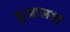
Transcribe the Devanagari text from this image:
हुआलगा